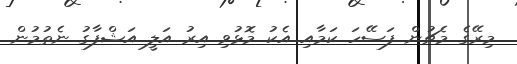
މިރޭގެ މެޗުން ފަސޭހަ ކަމާއި އެކު މޮޅުވި އިރު އަލީ އަޝްފާގު ނެތުމުން